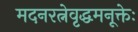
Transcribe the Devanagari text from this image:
मदनरत्नेवृद्धमनूक्तेः